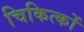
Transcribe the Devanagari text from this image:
चिकित्कों